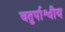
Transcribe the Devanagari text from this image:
चतुर्पाश्वीय